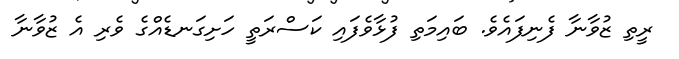
ރީތި ޒުވާނާ ފެނިފައެވެ. ބައިމަތި ފުޅާވެފައި ކަސްރަތީ ހަށިގަނޑެއްގެ ވެރި އެ ޒުވާނާ